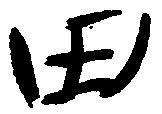
田